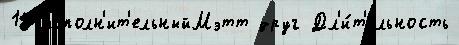
15 исполн'ит'ельныйМэтт друг Дл'и́т'ельность